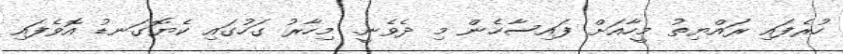
ހުރެފައި ރައްޔިތު މީހާއަށް ފައިސާހެން މި ދެވެނީ. މިހާރު ގަހުގައި ކެޔޮގަނޑު އޮވެފައި